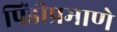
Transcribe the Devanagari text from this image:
पिंडीप्रमाणे